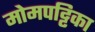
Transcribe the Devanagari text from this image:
मोमपट्टिका